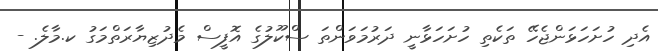
އެދި ހުށަހަޅަންޖެހޭ ތަކެތި ހުށަހަޅާނީ ދަރުމަވަންތަ ސްކޫލުގެ އޮފީސް މެދުޒިޔާރަތްމަގު ކ.މާލެ. -